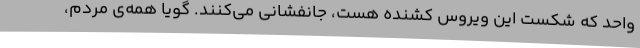
واحد که شکست این ویروس کشنده هست، جانفشانی می‌کنند. گویا همه‌ی مردم،